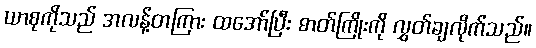
ယာစုကိုသည် အလန့်တကြား ထအော်ပြီး ဓာတ်ကြိုးကို လွှတ်ချလိုက်သည်။